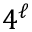
4 ^ { \ell }